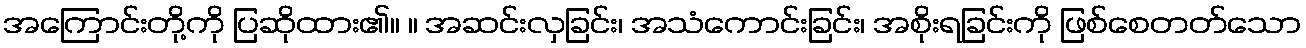
အကြောင်းတို့ကို ပြဆိုထား၏။ ။ အဆင်းလှခြင်း၊ အသံကောင်းခြင်း၊ အစိုးရခြင်းကို ဖြစ်စေတတ်သော